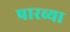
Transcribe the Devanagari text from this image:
पारव्या